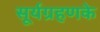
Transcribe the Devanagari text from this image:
सूर्यग्रहणके